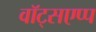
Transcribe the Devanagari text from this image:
वॉट्सएप्प